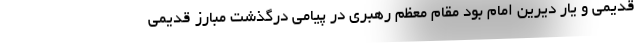
قدیمی و یار دیرین امام بود مقام معظم رهبری در پیامی درگذشت مبارز قدیمی